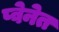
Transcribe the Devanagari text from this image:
प्वेनेत